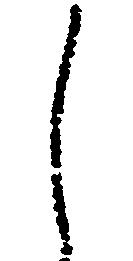
し